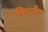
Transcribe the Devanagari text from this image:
रिएजेंट